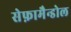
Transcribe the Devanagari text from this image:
सेफ़ामैन्डोल